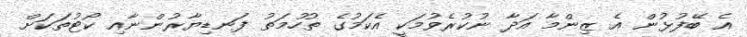
އެ ބޭފުޅުން އެ ޒިންމާ އަދާ ނުކުރެވުމަކީ އެކަމުގެ ތުހުމަތު ފަނޑިޔާރުންނާއި ކޯޓުތަކަށް